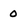
Character: 0